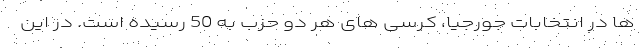
ها در انتخابات جورجیا، کرسی های هر دو حزب به 50 رسیده است. در این